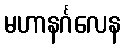
မဟာနင်္ဂလေန